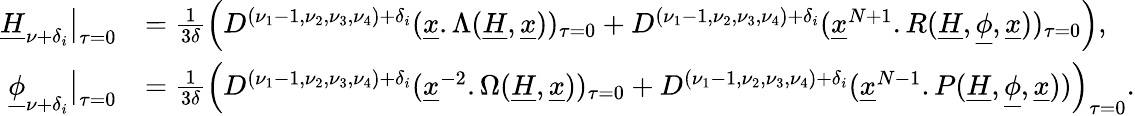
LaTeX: \begin{array}{rl}{\underline{H}_{\mathbb\nu+\mathbb\delta_{i}}\big\vert_{\tau=0}}&{=\frac{1}{3\delta}\left(D^{(\nu_{1}-1,\nu_{2},\nu_{3},\nu_{4})+\mathbb\delta_{i}}(\underline{x}.\Lambda(\underline{H},\underline{x}))_{\tau=0}+D^{(\nu_{1}-1,\nu_{2},\nu_{3},\nu_{4})+\mathbb\delta_{i}}(\underline{x}^{N+1}.R(\underline{H},\underline{\phi},\underline{x}))_{\tau=0}\right),}\\ {\underline{\phi}_{\nu+\mathbb\delta_{i}}\big\vert_{\tau=0}}&{=\frac{1}{3\delta}\left(D^{(\nu_{1}-1,\nu_{2},\nu_{3},\nu_{4})+\mathbb\delta_{i}}(\underline{x}^{-2}.\Omega(\underline{H},\underline{x}))_{\tau=0}+D^{(\nu_{1}-1,\nu_{2},\nu_{3},\nu_{4})+\mathbb\delta_{i}}(\underline{x}^{N-1}.P(\underline{H},\underline{\phi},\underline{x}))\right)_{\tau=0}.}\end{array}